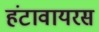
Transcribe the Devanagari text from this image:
हंटावायरस